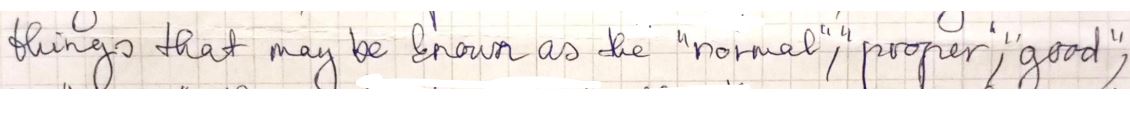
things that may be known as the " normal " properly " good ",